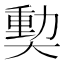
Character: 𪥝